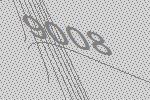
9008